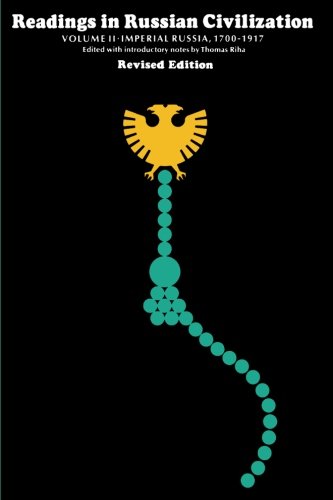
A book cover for Readings in Russian Civilization, Volume 2: Imperial Russia, 1700-1917; Travel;